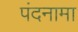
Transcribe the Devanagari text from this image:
पंदनामा